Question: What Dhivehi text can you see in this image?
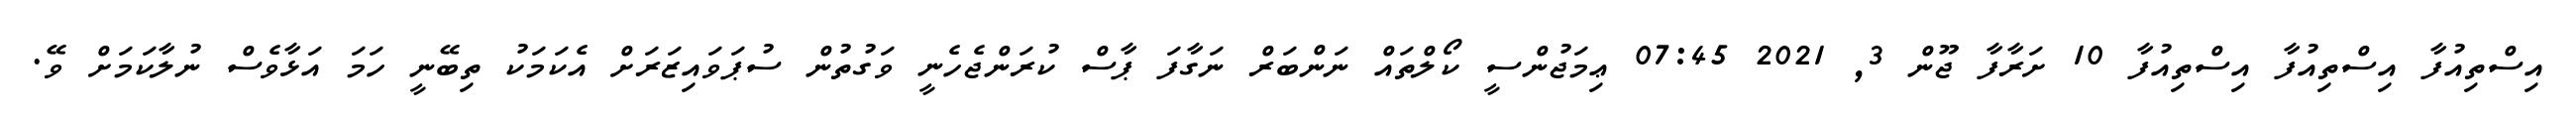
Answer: އިސްތިއުފާ އިސްތިއުފާ އިސްތިއުފާ 10 ށަރާފާ ޖޫން 3, 2021 07:45 ޢިމަޖުންސީ ކޯލްތައް ނަންބަރް ނަގާފަ ޕާސް ކުރަންޖެހެނީ ވަގުތުން ސުޕަވައިޒަރަށް އެކަމަކު ތިބޭނީ ހަމަ އަޅާވެސް ނުލާކަމަށް ވޭ.